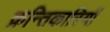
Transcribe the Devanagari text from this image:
क्रन्तिकारियों